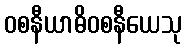
ဝစနီယာဓိဝစနီယေသု